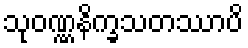
သုဝဏ္ဏနိက္ခသတဿာပိ